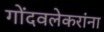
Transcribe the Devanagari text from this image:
गोंदवलेकरांना